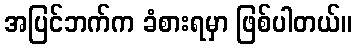
အပြင်ဘက်က ခံစားရမှာ ဖြစ်ပါတယ်။